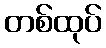
တစ်ထုပ်